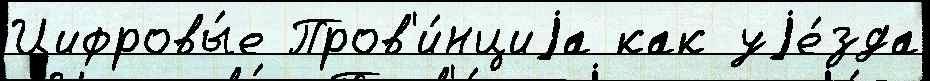
Цифровы́е Пров'и́нциjа как уjе́зда